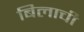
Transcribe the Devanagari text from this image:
बिलाची